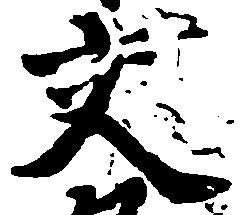
交